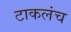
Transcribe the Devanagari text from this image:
टाकलंच